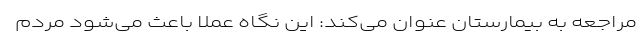
مراجعه به بیمارستان عنوان می‌کند: این نگاه عملاً باعث می‌شود مردم